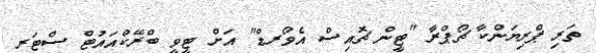
ތަރި ޕްރިޔަންކާ ޗޯޕްރާ "ޓީން ޗޮއިސް އެވޯރޑް" އަށް ޓީވީ ބްރޭކްއައުޓް ސްޓަރ